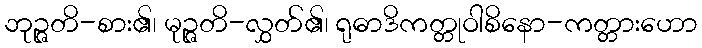
ဘုဉ္ဇတိ-စား၏၊ မုဉ္ဇတိ-လွှတ်၏၊ ရုဓာဒိကတ္တုဝါစိနော-ကတ္တားဟော